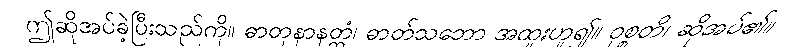
ဤဆိုအပ်ခဲ့ပြီးသည်ကို။ ဓာတုနာနတ္တံ၊ ဓာတ်သဘော အထူးဟူ၍။ ဝုစ္စတိ၊ ဆိုအပ်၏။